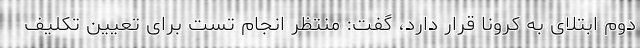
دوم ابتلای به کرونا قرار دارد، گفت: منتظر انجام تست برای تعیین تکلیف